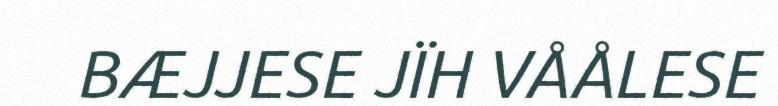
BÆJJESE JÏH VÅÅLESE